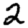
Digit: 2